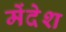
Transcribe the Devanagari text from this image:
मेंदेश